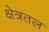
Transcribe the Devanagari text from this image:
क्षेत्रतल